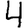
Digit: 4